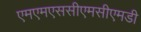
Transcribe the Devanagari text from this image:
एमएमएससीएमसीएमडी